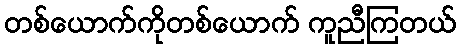
တစ်ယောက်ကိုတစ်ယောက် ကူညီကြတယ်